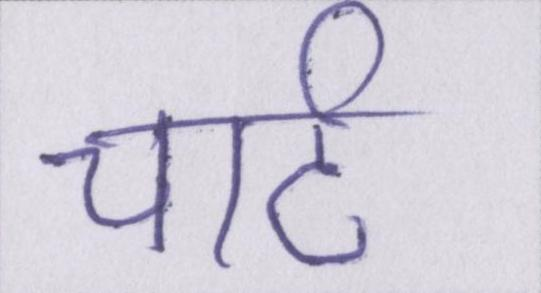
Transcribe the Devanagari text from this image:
चार्ट